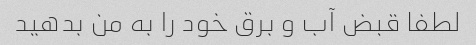
لطفا قبض آب و برق خود را به من بدهید